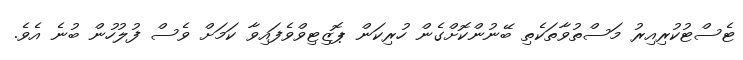
ޓެސްޓުކުރިއިރު މަސްތުވާތަކެތި ބޭނުންކޮށްގެން ހުރިކަން ޕޮޒިޓިވްވެފައިވާ ކަމަށް ވެސް ފުލުހުން ބުނެ އެވެ.